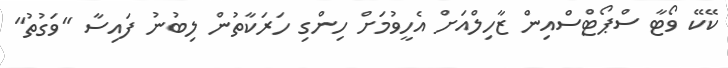
ކޭކޭ ވޯޓާ ސްޕޯޓްސްއިން ޒާހިލްއަށް އެހީވުމަށް ހިންގި ހަރަކާތުން ލިބުނު ފައިސާ "ވަގުތު"